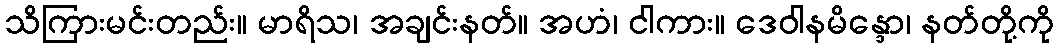
သိကြားမင်းတည်း။ မာရိသ၊ အချင်းနတ်။ အဟံ၊ ငါကား။ ဒေဝါနမိန္ဒော၊ နတ်တို့ကို